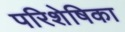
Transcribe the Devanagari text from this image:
परिशेषिका